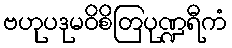
ဗဟုပဒုမဝိစိတြပုဏ္ဍရီကံ